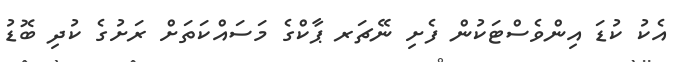
އެކު ކުޑަ އިންވެސްޓަކުން ފެށި ނޭޗަރ ޕާކްގެ މަސައްކަތަށް ރަށުގެ ކުދި ބޮޑު